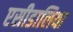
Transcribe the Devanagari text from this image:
एसीडालिया